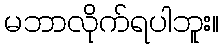
မဘာလိုက်ရပါဘူး။